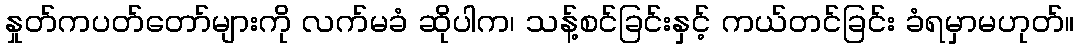
နှုတ်ကပတ်တော်များကို လက်မခံ ဆိုပါက၊ သန့်စင်ခြင်းနှင့် ကယ်တင်ခြင်း ခံရမှာမဟုတ်။